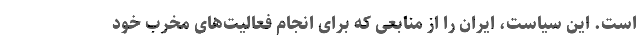
است. این سیاست، ایران را از منابعی که برای انجام فعالیت‌های مخرب خود